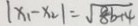
\vert x _ { 1 } - x _ { 2 } \vert = \sqrt { 8 b + 4 }